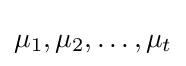
\mu _{1},\mu _{2},\ldots ,\mu _{t}